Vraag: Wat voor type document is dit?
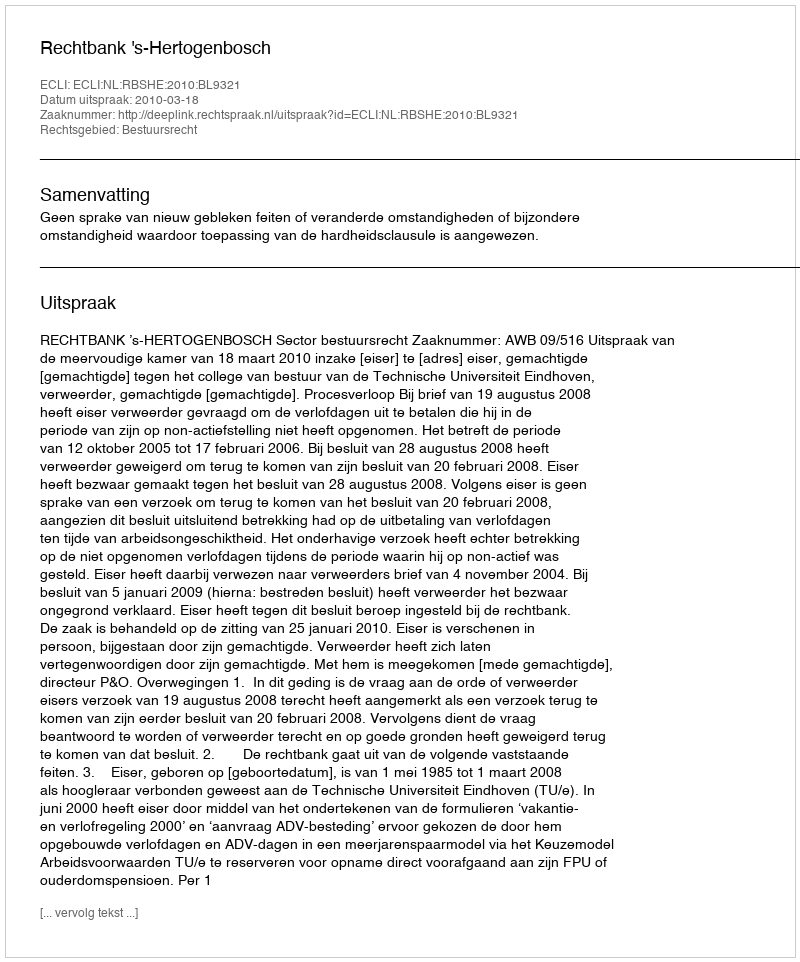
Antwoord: Uitspraak